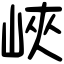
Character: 峽